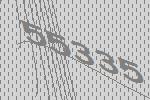
55335